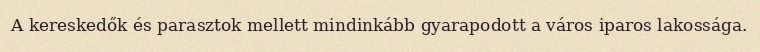
A kereskedők és parasztok mellett mindinkább gyarapodott a város iparos lakossága.